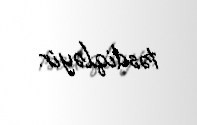
təsdiqləyir.